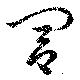
閭